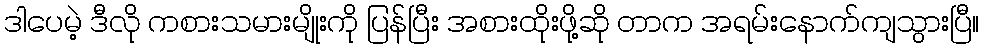
ဒါပေမဲ့ ဒီလို ကစားသမားမျိုးကို ပြန်ပြီး အစားထိုးဖို့ဆို တာက အရမ်းနောက်ကျသွားပြီ။